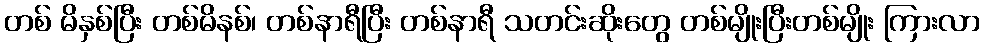
တစ် မိနှစ်ပြီး တစ်မိနစ်၊ တစ်နာရီပြီး တစ်နာရီ သတင်းဆိုးတွေ တစ်မျိုးပြီးတစ်မျိုး ကြားလာ